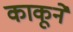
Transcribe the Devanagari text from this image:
काकूने